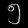
Digit: ၅